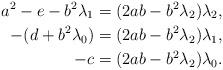
LaTeX: \begin{align*} a^2 - e - b^2\lambda_1 & = (2ab - b^2\lambda_2)\lambda_2, \\ - (d + b^2\lambda_0) & = (2ab - b^2\lambda_2)\lambda_1, \\ - c & = (2ab - b^2\lambda_2)\lambda_0. \end{align*}